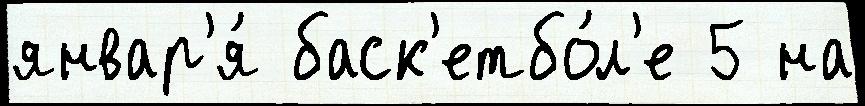
январ'я́ баск'етбо́л'е 5 на